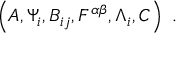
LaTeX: \left( A , \Psi _ { i } , B _ { i j } , { \cal F } ^ { \alpha \beta } , \Lambda _ { i } , C \right) \ .